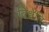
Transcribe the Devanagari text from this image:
विश्वेति